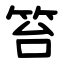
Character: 笞